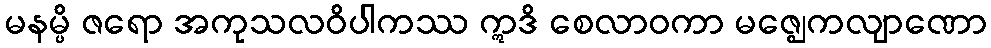
မနမ္ပိ ဇရော အကုသလဝိပါကဿ ဣဒိ စေလာဝကာ မဇ္ဈေကလျာဏော